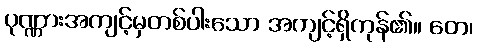
ပုဏ္ဏားအကျင့်မှတစ်ပါးသော အကျင့်ရှိကုန်၏။ တေ၊